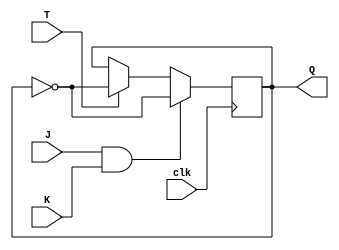
module tff_jk (
  input wire T,
  input wire J,
  input wire K,
  input wire clk,
  output reg Q
);

always @(posedge clk) begin
  if (J && K) begin
    Q <= ~Q;
  end else if (T) begin
    Q <= ~Q;
  end
end

endmodule